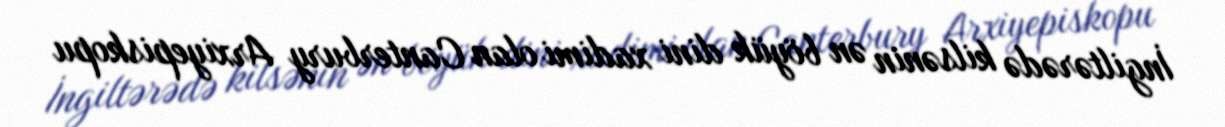
İngiltərədə kilsənin ən böyük dini xadimi olan Canterbury Arxiyepiskopu